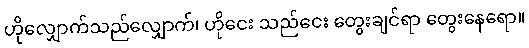
ဟိုလျှောက်သည်လျှောက်၊ ဟိုငေး သည်ငေး တွေးချင်ရာ တွေးနေရော။